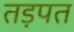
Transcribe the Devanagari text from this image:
तड़पत